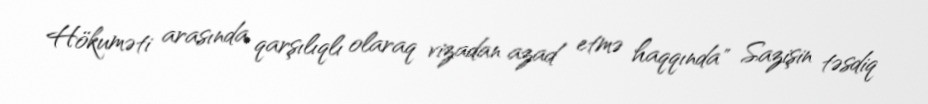
Hökuməti arasında qarşılıqlı olaraq vizadan azad etmə haqqında" Sazişin təsdiq